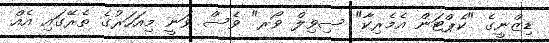
ޑިޒްނީގެ "ކެޕްޓަން އެމެރިކާ" ސިވިލް ވޯރ" ވެސް ވަނީ މިއަހަރުގެ ތެރޭގައި އެއް